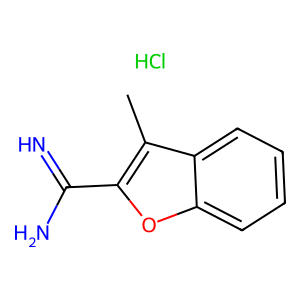
SMILES: Cc1c(C(=N)N)oc2ccccc12.Cl
Inhibits HIV replication: No